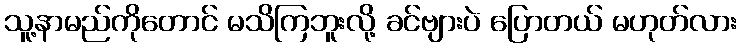
သူ့နာမည်ကိုတောင် မသိကြဘူးလို့ ခင်ဗျားပဲ ပြောတယ် မဟုတ်လား